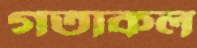
গতাকল